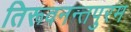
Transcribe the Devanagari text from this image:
तिरूवनन्तपुरम